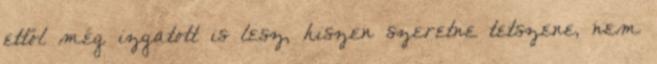
ettől még izgatott is lesz, hiszen szeretne tetszene, nem